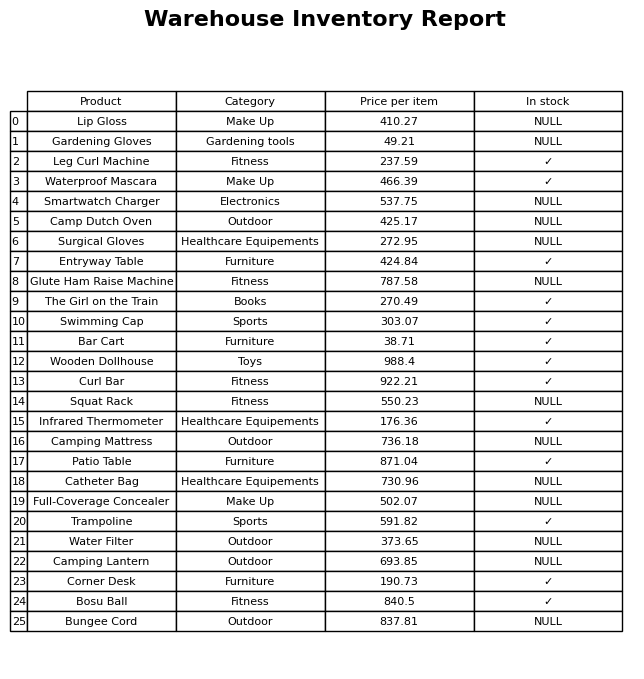
question: Is the Full-Coverage Concealer in stock?
answer: NULL